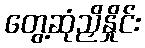
တွေ့ဆုံညှိနှိုင်း